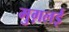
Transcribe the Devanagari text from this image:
मुग़लई